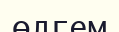
өлгем